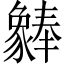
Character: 𬥆